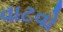
વાટવો